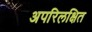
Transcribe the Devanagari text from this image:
अपरिलक्षित